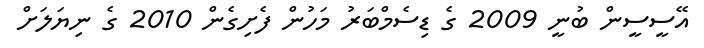
އޭސީސީން ބުނީ 2009 ގެ ޑިސެމްބަރު މަހުން ފެށިގެން 2010 ގެ ނިޔަލަށް